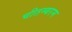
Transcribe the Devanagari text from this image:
चीतम्बरम